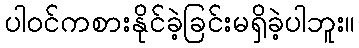
ပါဝင်ကစားနိုင်ခဲ့ခြင်းမရှိခဲ့ပါဘူး။